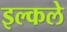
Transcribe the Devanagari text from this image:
इल्कले